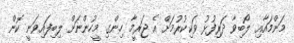
މަންމައާއި ލޯބިވާ ދަރިފުޅު ވަކިކުރުމަށް އެ ޖަރީމާ ހިންގި މީހުންނަށް ލިބިފައިވަނީ ކޮން